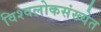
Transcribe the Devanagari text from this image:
विश्वलोकसंख्येत